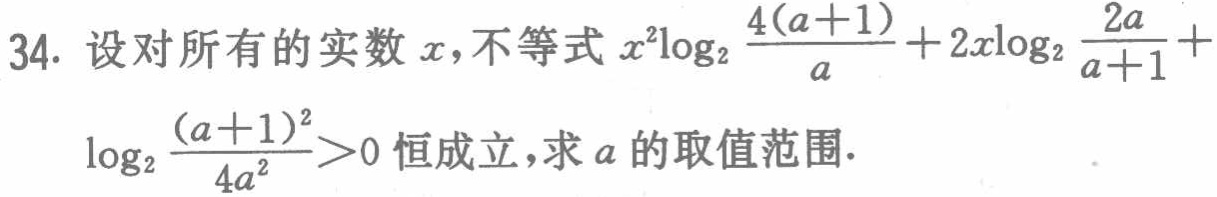
34. 设对所有的实数 \(x\)，不等式 \(x^{2}\log_{2}\frac{4(a + 1)}{a}+2x\log_{2}\frac{2a}{a + 1}+\log_{2}\frac{(a + 1)^{2}}{4a^{2}}>0\) 恒成立，求 \(a\) 的取值范围.